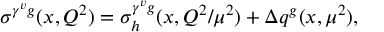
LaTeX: \sigma ^ { \gamma ^ { v } g } ( x , Q ^ { 2 } ) = \sigma _ { h } ^ { \gamma ^ { v } g } ( x , Q ^ { 2 } / \mu ^ { 2 } ) + \Delta q ^ { g } ( x , \mu ^ { 2 } ) ,